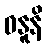
ဓနူနိ